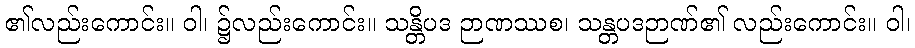
၏လည်းကောင်း။ ဝါ၊ ၌လည်းကောင်း။ သန္တိပဒ ဉာဏဿစ၊ သန္တပဒဉာဏ်၏ လည်းကောင်း။ ဝါ၊